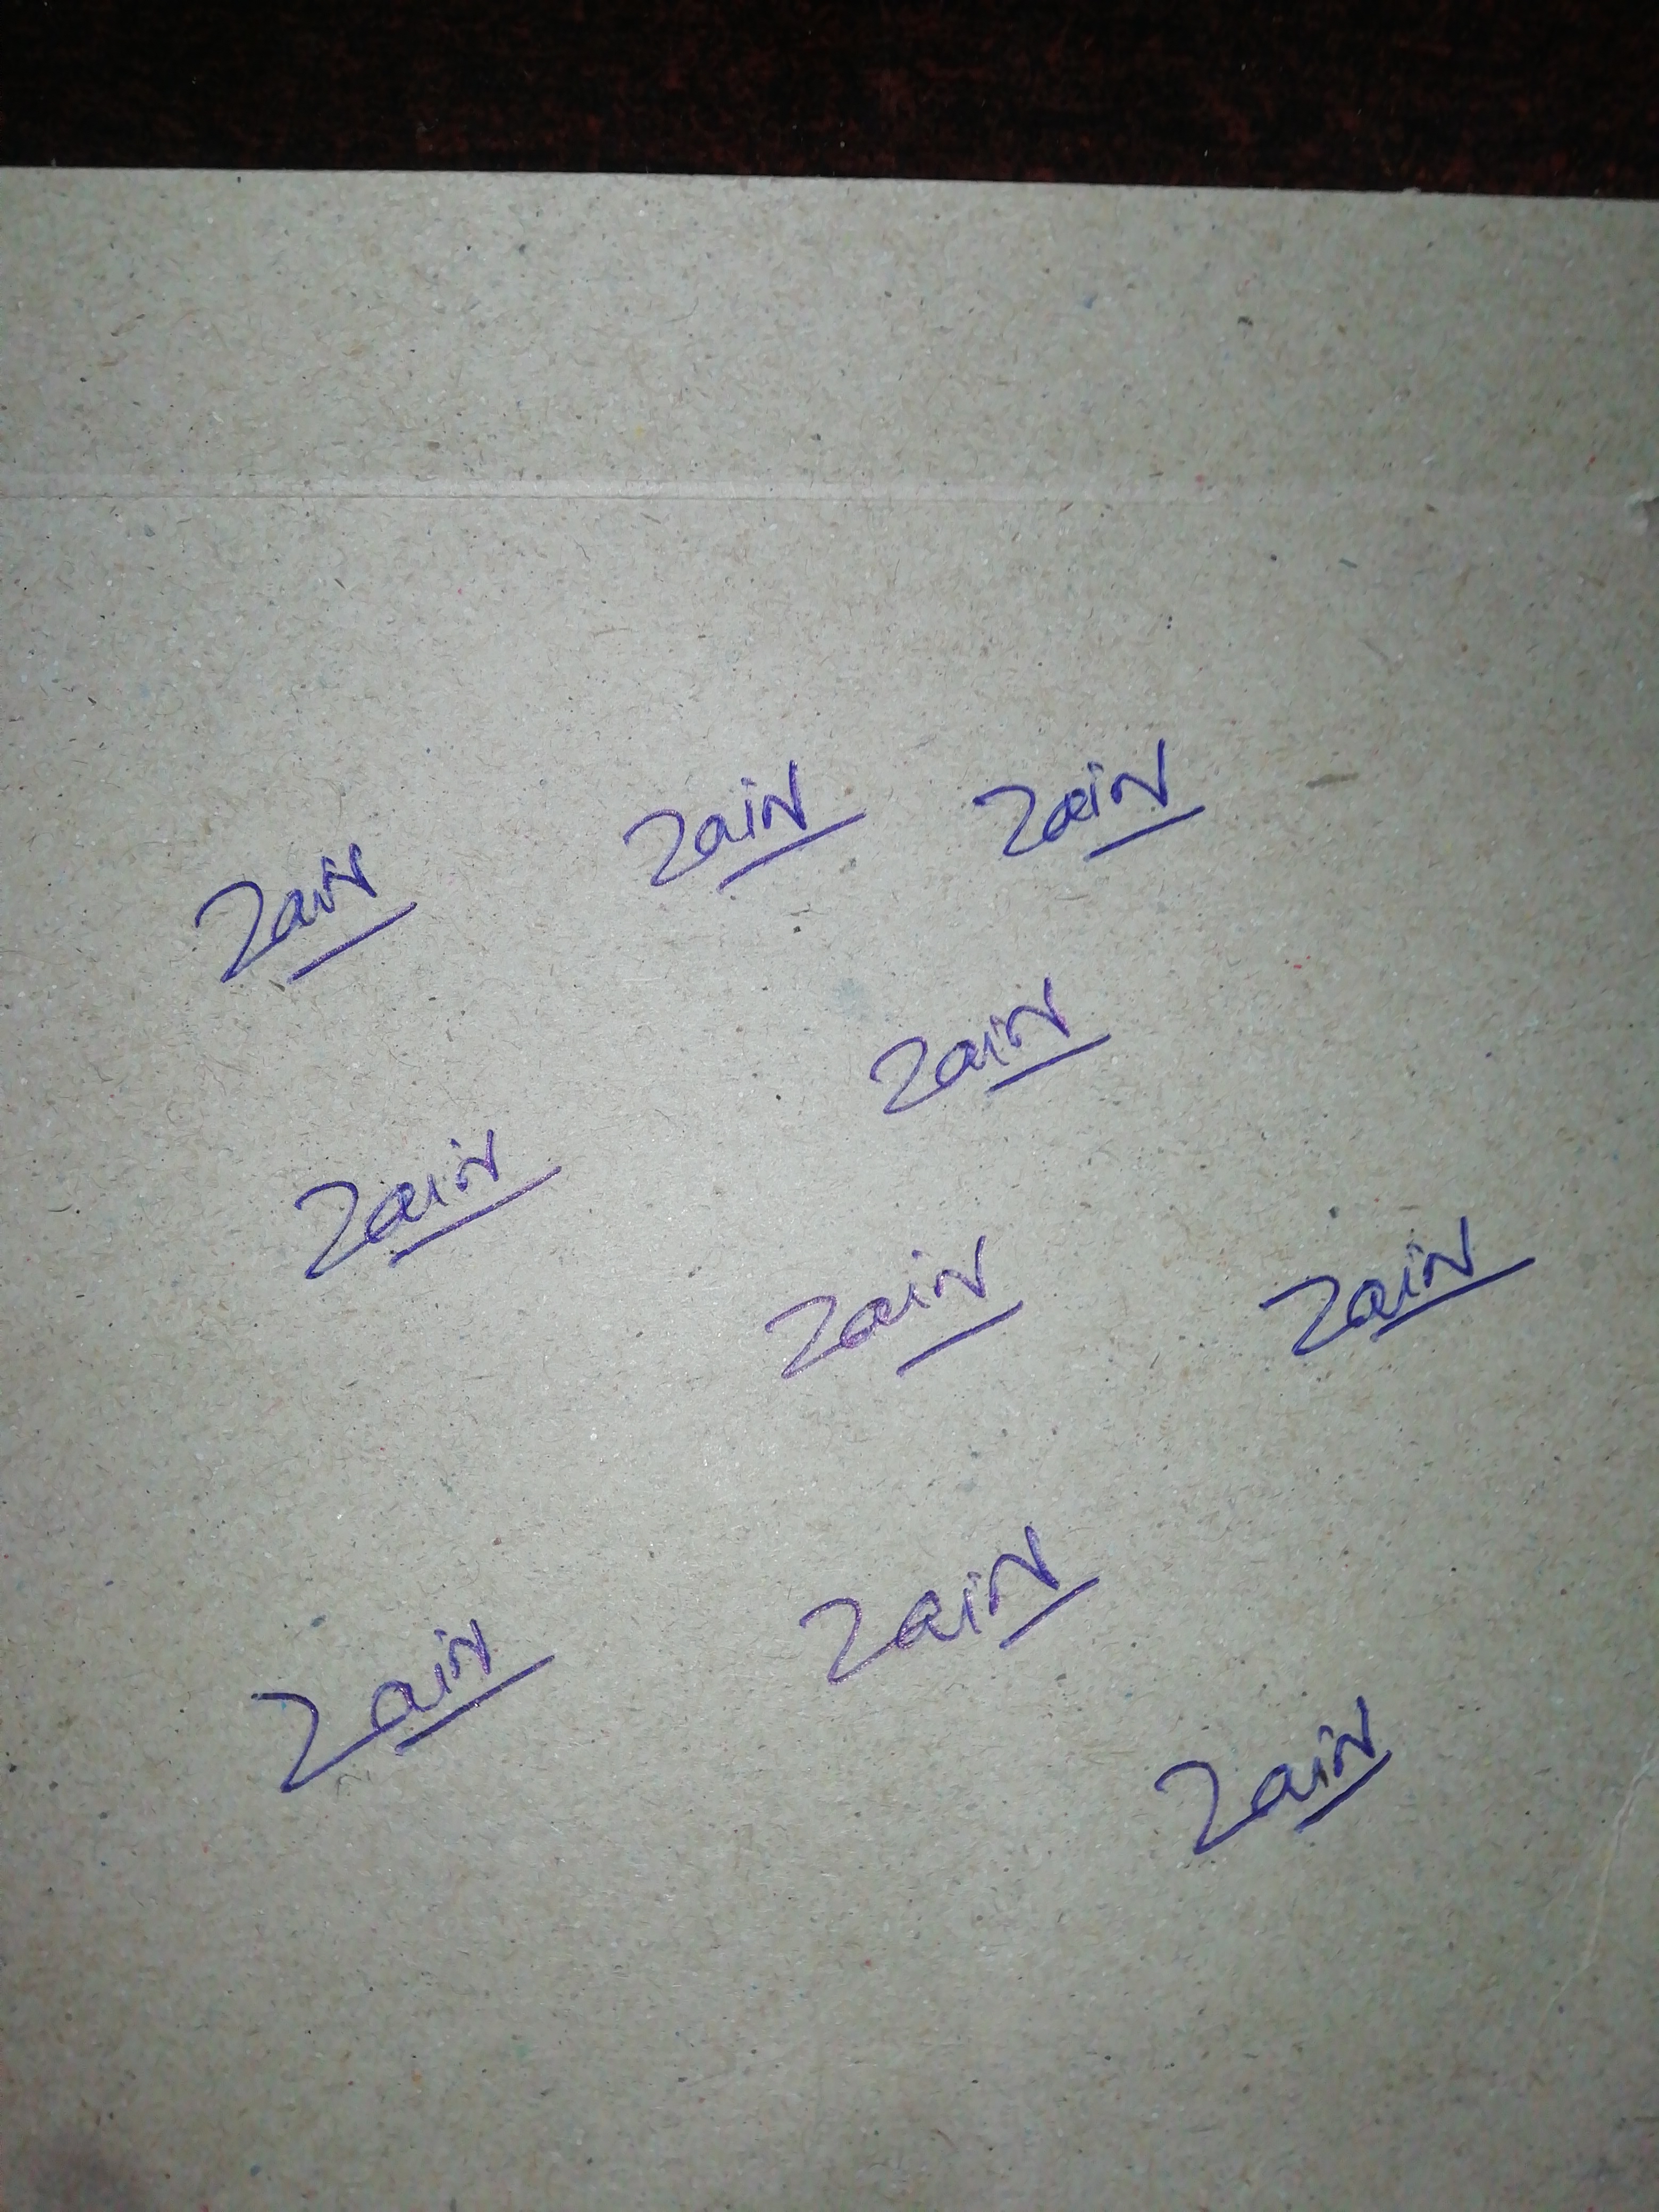
Signature authenticity: genuine